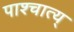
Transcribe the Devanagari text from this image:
पाश्चात्य्